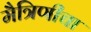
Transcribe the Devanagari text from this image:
मैत्रिणीचा